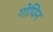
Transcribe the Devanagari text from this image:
गोपिन